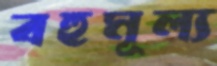
বহুমূল্য